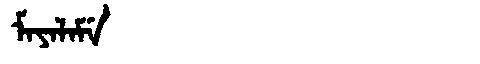
Manchu: ᠮᠠᠶᠠᠯᠠᠮᡝ
Romanization: MAYALAME